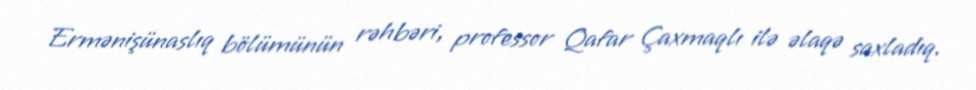
Ermənişünaslıq bölümünün rəhbəri, professor Qafar Çaxmaqlı ilə əlaqə saxladıq.